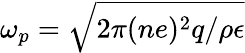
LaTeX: \omega_{p}=\sqrt{2\pi(ne)^{2}q/\rho\epsilon}